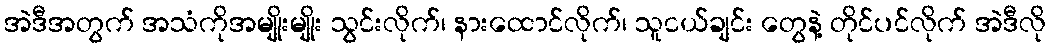
အဲဒီအတွက် အသံကိုအမျိုးမျိုး သွင်းလိုက်၊ နားထောင်လိုက်၊ သူငယ်ချင်း တွေနဲ့ တိုင်ပင်လိုက် အဲဒီလို